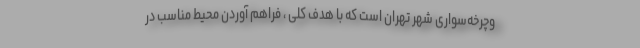
وچرخه‌سواری شهر تهران است که با هدف کلی ، فراهم آوردن محیط مناسب در